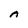
Character: A